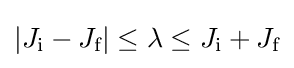
|J_{\text{i}}-J_{\text{f}}|\leq \lambda \leq J_{\text{i}}+J_{\text{f}}